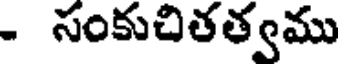
- సంకుచితత్వము